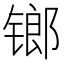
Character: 𨱍